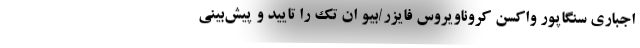
اجباری سنگاپور واکسن کروناویروس فایزر/بیو ان تک را تایید و پیش‌بینی